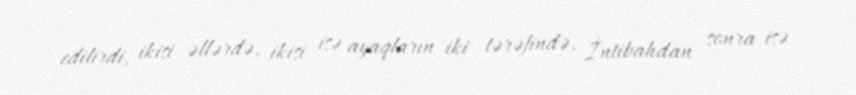
edilirdi, ikisi əllərdə, ikisi isə ayaqların iki tərəfində, İntibahdan sonra isə